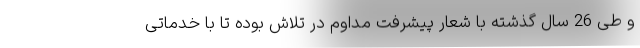
و طی 26 سال گذشته با شعار پیشرفت مداوم در تلاش بوده تا با خدماتی